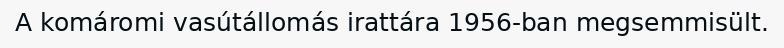
A komáromi vasútállomás irattára 1956-ban megsemmisült.